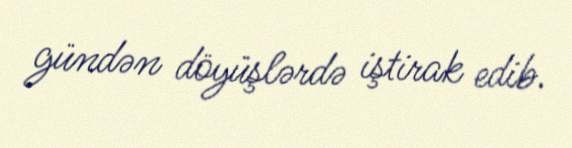
gündən döyüşlərdə iştirak edib.